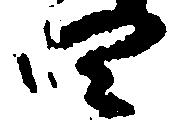
四